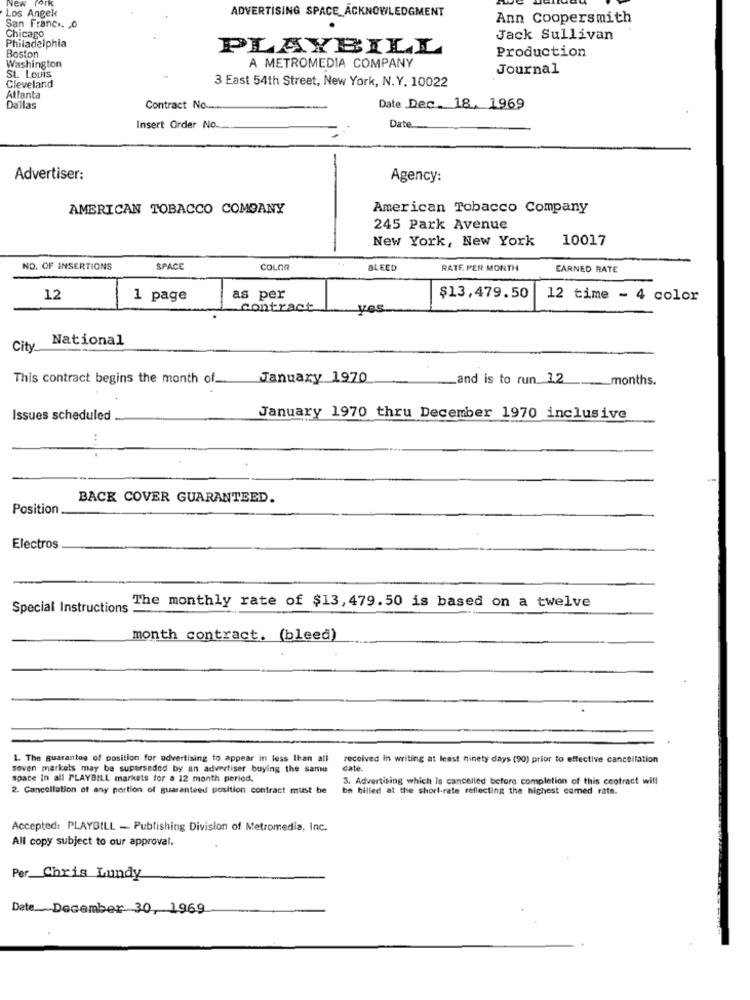
New York
Los Angel
ADVERTISING SPACE_ACKNOWLEDGMENT
Ann Coopersmith
San France. 0
Chicago
Jack Sullivan
Philadelphia
PLAYEILL
Boston
Production
Washington
A METROMEDIA COMPANY
Journal
SL LOUIS
Cleveland
3 East 54th Street, New York, N.Y. 10022
Atlanta
Dallas
Contract No __
Date Dec. 18, 1969
Insert Order No.
Date ..
Advertiser:
Agency:
AMERICAN TOBACCO COMOANY
American Tobacco Company
245 Park Avenue
New York, New York
10017
NO. OF INSERTIONS
SPACE
COLOR
BLEED
RATE PER MONTH
EARNED RATE
12
1 page
as per
$13,479.50
12 time - 4 color
contract
Yes
National
City
This contract begins the month of _.
January 1970
and is to run 12
_months.
Issues scheduled
January 1970 thru December 1970 inclusive
BACK COVER GUARANTEED.
Position
Electros
Special Instructions
The monthly rate of $13, 479.50 is based on a twelve
month contract. (bleed)
1. The guarantee of position for advertising to appear in less than all
received in writing at least ninety days (90) prior to effective cancellation
seven markets may be superseded by an advertiser buying the same
date.
space in all PLAYBILL markets for a 12 month period.
3. Advertising which Is cancelled before completion of this contract will
2. Cancellation of any portion of guaranteed position contract must be
be billed at the short-rate reflecting the highest comed rate.
Accepted: PLAYBILL - Publishing Division of Metromedia, Inc.
All copy subject to our approval.
Per Chris Lundy
Date. December 30, 1969